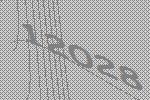
12028